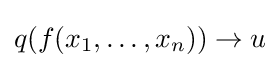
q(f(x_{1},\dots ,x_{n}))\to u